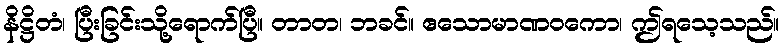
နိဋ္ဌိတံ၊ ပြီးခြင်းသို့ရောက်ပြီ။ တာတ၊ ဘခင်။ ဧသောမာဏဝကော၊ ဤရသေ့သည်။